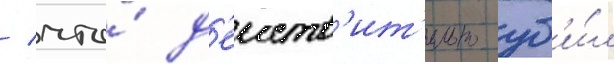
/ что́ д'еиств'ит'ельно уб'и́л